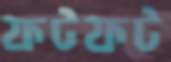
ফটফট